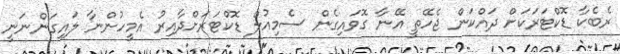
ރެބެކާ ޑޮކްޓަރަކަށް ދައްކަން ޖެހޭތީ އޭނާ ގޮވައިގެން ސެމިއުލް ޑޮކްޓަރަށްދާއިރު އެމީހުންނާ ލައިގަންނަނީ